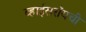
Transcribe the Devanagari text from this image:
व्हाईसरॉयची